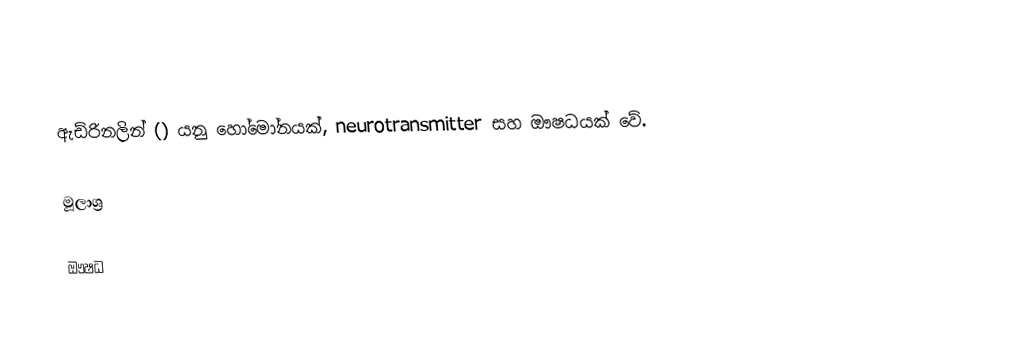
ඇඩ්රිනලින් () යනු හෝමෝනයක්, neurotransmitter සහ ඖෂධයක් වේ.

මූලාශ්‍ර

ඖෂධ